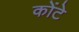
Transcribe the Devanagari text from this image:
कोंटे